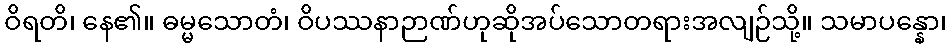
ဝိရတိ၊ နေ၏။ ဓမ္မသောတံ၊ ဝိပဿနာဉာဏ်ဟုဆိုအပ်သောတရားအလျဉ်သို့။ သမာပန္နော၊